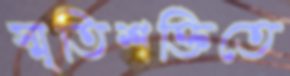
স্মৃতিশক্তিতে